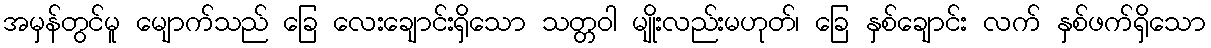
အမှန်တွင်မူ မျောက်သည် ခြေ လေးချောင်းရှိသော သတ္တဝါ မျိုးလည်းမဟုတ်၊ ခြေ နှစ်ချောင်း လက် နှစ်ဖက်ရှိသော